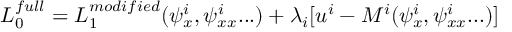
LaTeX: { \cal L } _ { 0 } ^ { f u l l } = { \cal L } _ { 1 } ^ { m o d i f i e d } ( \psi _ { x } ^ { i } , \psi _ { x x } ^ { i } . . . ) + \lambda _ { i } [ u ^ { i } - M ^ { i } ( \psi _ { x } ^ { i } , \psi _ { x x } ^ { i } . . . ) ]